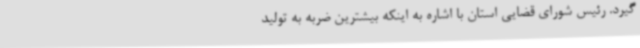
گیرد. رئیس شورای قضایی استان با اشاره به اینکه بیشترین ضربه به تولید